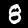
Digit: 8